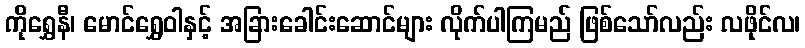
ကိုရွှေနီ၊ မောင်ရွှေဝါနှင့် အခြားခေါင်းဆောင်များ လိုက်ပါကြမည် ဖြစ်သော်လည်း လဖိုင်လ၊